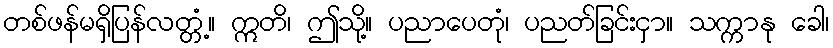
တစ်ဖန်မရှိပြန်လတ္တံ့။ ဣတိ၊ ဤသို့။ ပညာပေတုံ၊ ပညတ်ခြင်းငှာ။ သက္ကာနု ခေါ၊